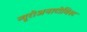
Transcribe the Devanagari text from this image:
न्यूरोअनाटोमिस्ट